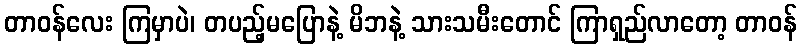
တာဝန်လေး ကြမှာပဲ၊ တပည့်မပြောနဲ့ မိဘနဲ့ သားသမီးတောင် ကြာရှည်လာတော့ တာဝန်